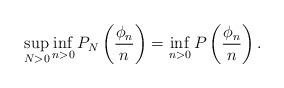
LaTeX: \begin{align*}\sup\limits_{N > 0}\inf\limits_{n > 0}P_N\left(\dfrac{\phi_n}{n}\right) = \inf\limits_{n > 0}P\left(\dfrac{\phi_n}{n}\right).\end{align*}